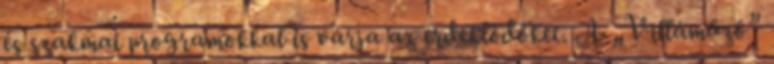
és szakmai programokkal is várja az érdeklődőket. A „Villáműző”